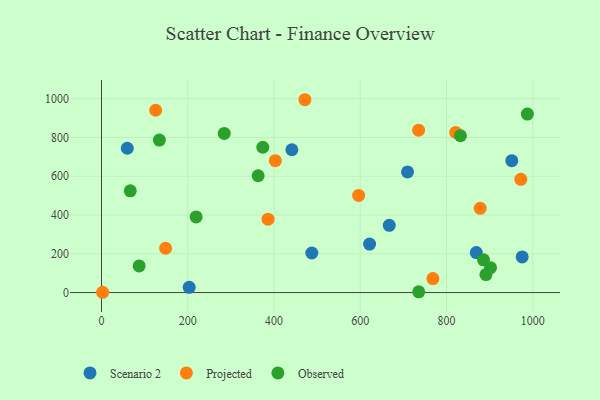
{"axis": {"x": "Distance", "y": "Salary"}, "legend": ["Observed", "Projected", "Scenario 2"], "data": [{"x": "975.4", "y": 183.8, "type": "Scenario 2"}, {"x": "621.6", "y": 250.4, "type": "Scenario 2"}, {"x": "441.4", "y": 736.9, "type": "Scenario 2"}, {"x": "487.7", "y": 204.2, "type": "Scenario 2"}, {"x": "203.4", "y": 26.8, "type": "Scenario 2"}, {"x": "59.8", "y": 744.7, "type": "Scenario 2"}, {"x": "951.4", "y": 680.3, "type": "Scenario 2"}, {"x": "667.3", "y": 346.8, "type": "Scenario 2"}, {"x": "709.6", "y": 622.6, "type": "Scenario 2"}, {"x": "869.1", "y": 206.4, "type": "Scenario 2"}, {"x": "768.5", "y": 71.9, "type": "Projected"}, {"x": "735.3", "y": 838.1, "type": "Projected"}, {"x": "148.6", "y": 228.5, "type": "Projected"}, {"x": "878.1", "y": 434.5, "type": "Projected"}, {"x": "2.6", "y": 1.4, "type": "Projected"}, {"x": "471.7", "y": 995.1, "type": "Projected"}, {"x": "125.6", "y": 940.8, "type": "Projected"}, {"x": "972.3", "y": 584.2, "type": "Projected"}, {"x": "403.1", "y": 680.3, "type": "Projected"}, {"x": "386.2", "y": 378.7, "type": "Projected"}, {"x": "596.3", "y": 501.2, "type": "Projected"}, {"x": "821.3", "y": 826.5, "type": "Projected"}, {"x": "87.3", "y": 137.3, "type": "Observed"}, {"x": "134.1", "y": 787.1, "type": "Observed"}, {"x": "363.2", "y": 602.7, "type": "Observed"}, {"x": "735.6", "y": 3.9, "type": "Observed"}, {"x": "885.8", "y": 168.9, "type": "Observed"}, {"x": "66.7", "y": 524.8, "type": "Observed"}, {"x": "891.4", "y": 92.7, "type": "Observed"}, {"x": "832.3", "y": 809.2, "type": "Observed"}, {"x": "284.6", "y": 821.1, "type": "Observed"}, {"x": "902.0", "y": 128.6, "type": "Observed"}, {"x": "987.5", "y": 921.3, "type": "Observed"}, {"x": "374.0", "y": 749.8, "type": "Observed"}, {"x": "219.4", "y": 390.1, "type": "Observed"}]}